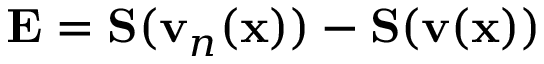
\mathbf { E } = \mathbf { S } ( \mathbf { v } _ { n } ( \mathbf { x } ) ) - \mathbf { S } ( \mathbf { v } ( \mathbf { x } ) )